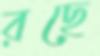
রছে